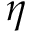
\eta